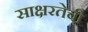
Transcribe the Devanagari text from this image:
साक्षरतेची